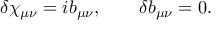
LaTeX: \delta \chi _ { \mu \nu } = i b _ { \mu \nu } , \qquad \delta b _ { \mu \nu } = 0 .